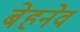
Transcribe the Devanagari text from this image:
बेहनेव